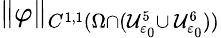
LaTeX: \| \varphi\| _{C^{1,1}(\Omega\cap(\mathcal{U}_{\varepsilon_{0}}^{5}\cup\, \mathcal{U}_{\varepsilon_{0}}^{6}))}